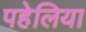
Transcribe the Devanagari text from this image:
पहेलिया